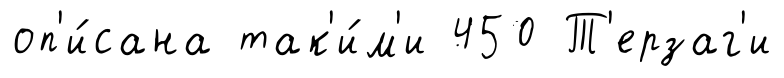
оп'и́сана так'и́м'и 450 Т'ерзаг'и